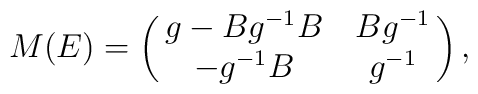
M(E)=\left(\matrix{g-Bg^{-1}B& Bg^{-1}\cr -g^{-1}B& g^{-1}}\right),